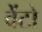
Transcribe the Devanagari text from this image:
वेंटो